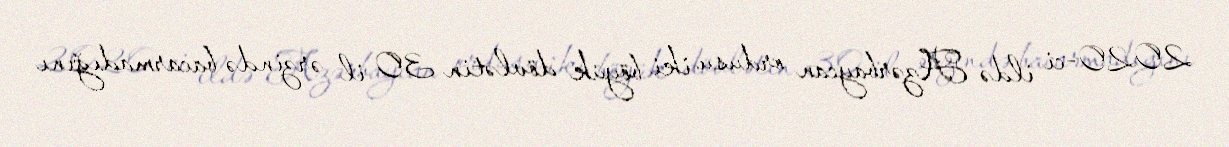
2020-ci ildə Azərbaycan ordusu iki böyük dövlətin 30 il ərzində bacarmadığını